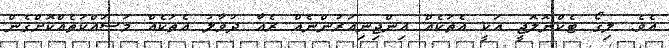
އެވެ. ލިގޯ ޓެކްނޮލޮޖީ އަކީ އެތަކެއް އިންޖިނިއަރުންނެއް ރެއާ ދުވާލު އެތަކެއް މަސައްކަތެއްކޮށްގެން